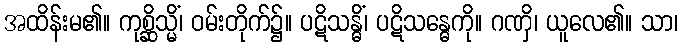
အထိန်းမ၏။ ကုစ္ဆိသ္မိံ၊ ဝမ်းတိုက်၌။ ပဋိသန္ဓိံ၊ ပဋိသန္ဓေကို။ ဂဏှိ၊ ယူလေ၏။ သာ၊